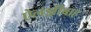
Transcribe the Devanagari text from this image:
ऐलझ़ीबाह